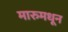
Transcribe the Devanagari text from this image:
मारुमधून